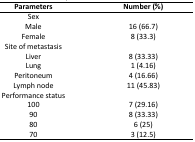
<table><thead><tr><td><b>Parameters</b></td><td><b>Number (%)</b></td></tr></thead><tbody><tr><td>SexMaleFemale</td><td>16 (66.7)8 (33.3)</td></tr><tr><td>Site of metastasisLiverLungPeritoneumLymph node</td><td>8 (33.33)1 (4.16)4 (16.66)11 (45.83)</td></tr><tr><td>Performance status100908070</td><td>7 (29.16)8 (33.33)6 (25)3 (12.5)</td></tr></tbody></table>